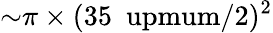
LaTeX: {\sim}\pi\times(35~\mathrm{\ upmum}/2)^{2}